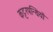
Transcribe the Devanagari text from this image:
कट्टरपन्थियों